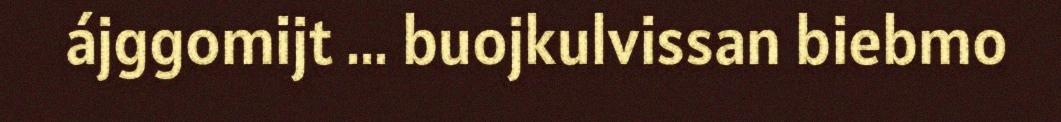
ájggomijt ... buojkulvissan biebmo